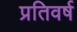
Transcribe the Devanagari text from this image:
प्रतिवर्ष